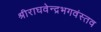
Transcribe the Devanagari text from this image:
श्रीराघवेन्द्रभगवंस्तव